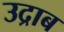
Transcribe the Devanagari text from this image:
उद्राब